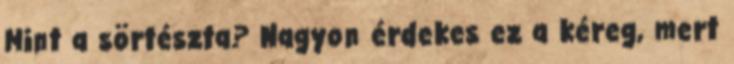
Mint a sörtészta? Nagyon érdekes ez a kéreg, mert